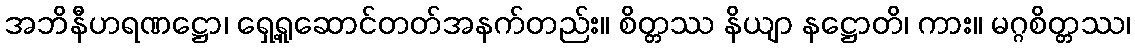
အဘိနီဟရဏဋ္ဌော၊ ရှေ့ရူဆောင်တတ်အနက်တည်း။ စိတ္တဿ နိယျာ နဋ္ဌောတိ၊ ကား။ မဂ္ဂစိတ္တဿ၊